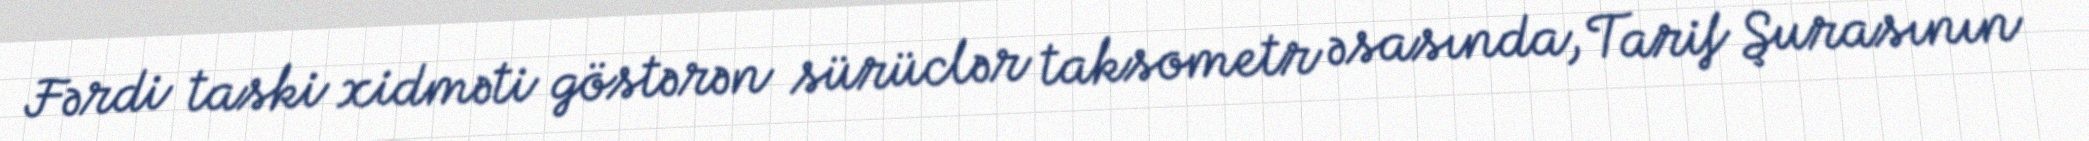
Fərdi taski xidməti göstərən sürüclər taksometr əsasında, Tarif Şurasının